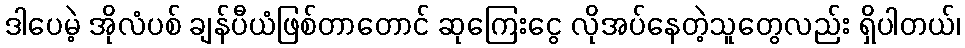
ဒါပေမဲ့ အိုလံပစ် ချန်ပီယံဖြစ်တာတောင် ဆုကြေးငွေ လိုအပ်နေတဲ့သူတွေလည်း ရှိပါတယ်၊